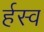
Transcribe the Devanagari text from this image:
र्हस्व